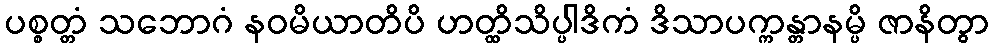
ပစ္စတ္တံ သဘောဂံ နဝမိယာတိပိ ဟတ္ထိသိပ္ပါဒိကံ ဒိသာပက္ကန္တာနမ္ပိ ဇာနိတွာ